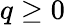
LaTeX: q\geq 0